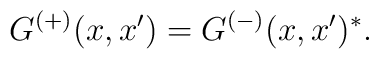
G^{(+)}(x,x') = G^{(-)}(x,x')^*.